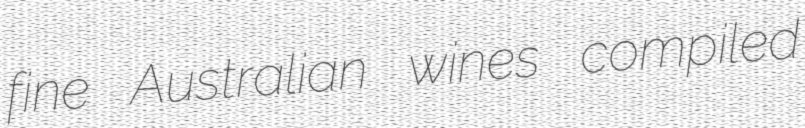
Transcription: fine Australian wines compiled